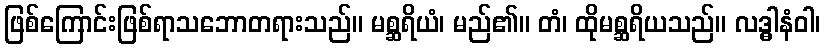
ဖြစ်ကြောင်းဖြစ်ရာသဘောတရားသည်။ မစ္ဆရိယံ၊ မည်၏။ တံ၊ ထိုမစ္ဆရိယသည်။ လဒ္ဓါနံဝါ၊